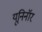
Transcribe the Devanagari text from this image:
यूनिनॉर